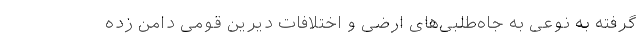
گرفته به نوعی به جاه‌طلبی‌های ارضی و اختلافات دیرین قومی دامن زده